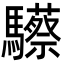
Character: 𩧇